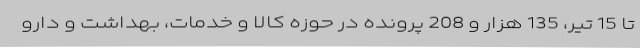
تا 15 تیر، 135 هزار و 208 پرونده در حوزه کالا و خدمات، بهداشت و دارو